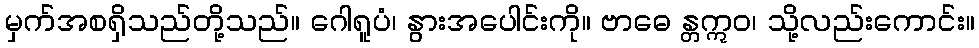
မှက်အစရှိသည်တို့သည်။ ဂေါရူပံ၊ နွားအပေါင်းကို။ ဗာဓေ န္တဣဝ၊ သို့လည်းကောင်း။